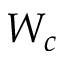
W _ { c }